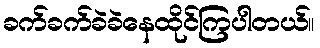
ခက်ခက်ခဲခဲနေထိုင်ကြပါတယ်။